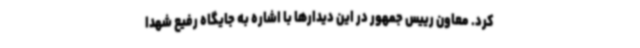
کرد. معاون رییس جمهور در این دیدارها با اشاره به جایگاه رفیع شهدا